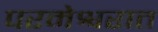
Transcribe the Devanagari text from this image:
परमेश्वरात